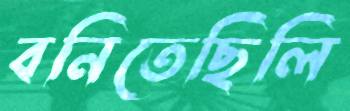
বনিতেছিলি